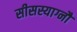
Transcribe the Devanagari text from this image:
सीसस्याग्नौ